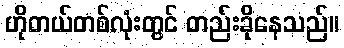
ဟိုတယ်တစ်လုံးတွင် တည်းခိုနေသည်။